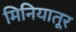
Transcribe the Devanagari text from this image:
मिनियातूर